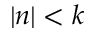
| n | < k